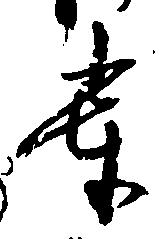
奉